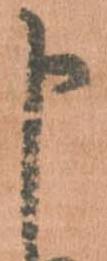
申